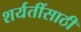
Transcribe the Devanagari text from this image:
शर्यतींसाठी